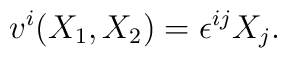
v^{i}(X_{1},X_{2})=\epsilon^{ij}X_{j}.